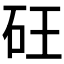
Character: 𮀍